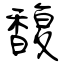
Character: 馥